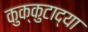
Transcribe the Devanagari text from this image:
कुक्कुटाद्या